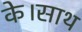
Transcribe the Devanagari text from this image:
के।साथ